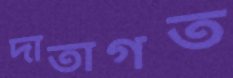
দাতাগত